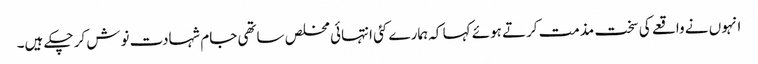
انہوں نے واقعے کی سخت مذمت کرتے ہوئے کہا کہ ہمارے کئی انتہائی مخلص ساتھی جام شہادت نوش کر چکے ہیں۔